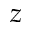
z